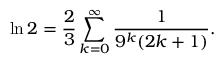
\ln 2 = { \frac { 2 } { 3 } } \sum _ { k = 0 } ^ { \infty } { \frac { 1 } { 9 ^ { k } ( 2 k + 1 ) } } .